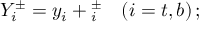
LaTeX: Y _ { i } ^ { \pm } = y _ { i } ^ { } + \d Y _ { i } ^ { \pm } \quad ( i = t , b ) \, ;